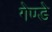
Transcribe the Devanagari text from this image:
गेण्डे